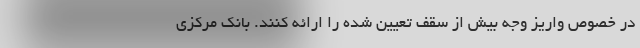
در خصوص واریز وجه بیش از سقف تعیین شده را ارائه کنند. بانک مرکزی